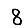
Digit: 8